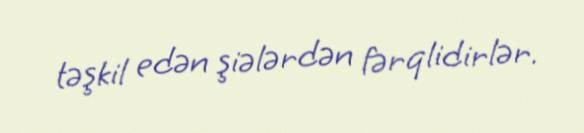
təşkil edən şiələrdən fərqlidirlər.